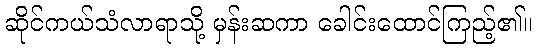
ဆိုင်ကယ်သံလာရာသို့ မှန်းဆကာ ခေါင်းထောင်ကြည့်၏။